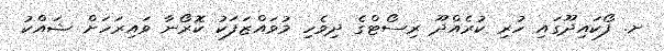
ށ. ފޯކައިދޫގައި ހުރި ކުރެއްދޫ ރިސޯޓްގެ ދިވެހި މުވައްޒަފަކު ކޮރޯނާ ވައިރަހަށް ޝައްކު